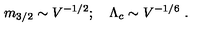
m _ { 3 / 2 } \sim V ^ { - 1 / 2 } ; \quad \Lambda _ { c } \sim V ^ { - 1 / 6 } \ .